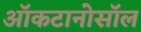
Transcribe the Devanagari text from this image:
ऑकटानोसॉल